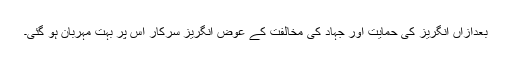
بعدازاں انگریز کی حمایت اور جہاد کی مخالفت کے عوض انگریز سرکار اس پر بہت مہربان ہو گئی۔